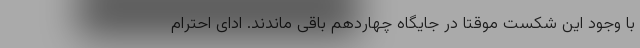
با وجود این شکست موقتا در جایگاه چهاردهم باقی ماندند. ادای احترام